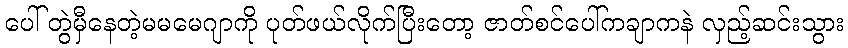
ပေါ် တွဲမှီနေတဲ့မမမေဂျာကို ပုတ်ဖယ်လိုက်ပြီးတော့ ဇာတ်စင်ပေါ်ကချာကနဲ လှည့်ဆင်းသွား